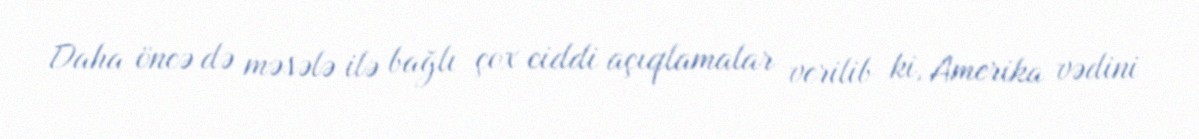
Daha öncə də məsələ ilə bağlı çox ciddi açıqlamalar verilib ki, Amerika vədini